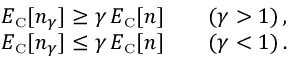
\begin{array} { r } { E _ { \scriptscriptstyle \mathrm { C } } [ n _ { \gamma } ] \geq \gamma \, E _ { \scriptscriptstyle \mathrm { C } } [ n ] \qquad ( \gamma > 1 ) \, , } \\ { E _ { \scriptscriptstyle \mathrm { C } } [ n _ { \gamma } ] \leq \gamma \, E _ { \scriptscriptstyle \mathrm { C } } [ n ] \qquad ( \gamma < 1 ) \, . } \end{array}